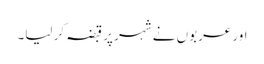
اور عربوں نے شہر پر قبضہ کر لیا۔